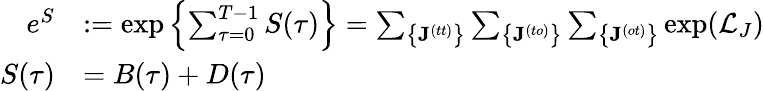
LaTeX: \begin{array}{rl}{e^{S}}&{:=\exp\left\{ \sum_{\tau=0}^{T-1}S(\tau)\right\} =\sum_{\big\{ \mathbf{J}^{(tt)}\big\} }\sum_{\big\{ \mathbf{J}^{(to)}\big\} }\sum_{\big\{ \mathbf{J}^{(ot)}\big\} }\exp(\mathcal{L}_{J})}\\ {S(\tau)}&{=B(\tau)+D(\tau)}\end{array}